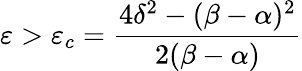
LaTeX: \varepsilon>\varepsilon_{c}=\frac{4\delta^{2}-(\beta-\alpha)^{2}}{2(\beta-\alpha)}